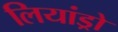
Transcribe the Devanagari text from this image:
लियांड्रो